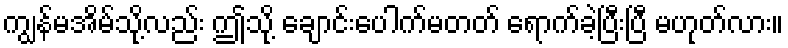
ကျွန်မအိမ်သို့လည်း ဤသို့ ချောင်းပေါက်မတတ် ရောက်ခဲ့ပြီးပြီ မဟုတ်လား။